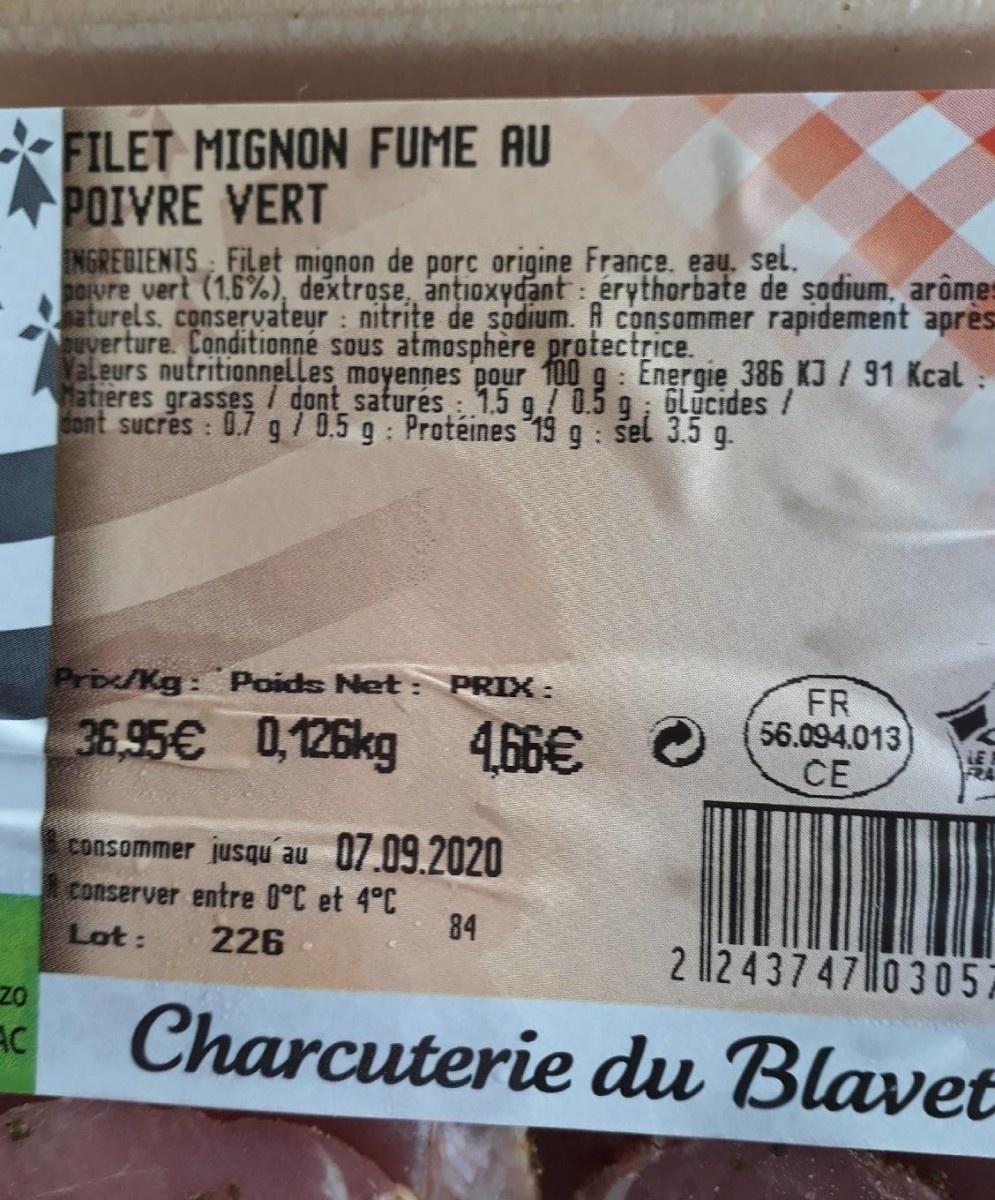
FILET MIGNON FUME AU POIVRE VERT
NGREDIENTS Filet mignon de porc origine France. eau. sel. DOvre vert (1,6%), dextrose, antioxydant : erythorbate de sodium, arômes aturels. conservateur : nitrițe de sodium. A consommer rapidement après uverture. Conditionné sous atmosphère protectrice. Valeurs nutritionnelles moyennes pour 100 g : Energie 386 KJ / 91 Kcal atieres grasses / dont saturés : 1.5 g/ 0.5 g ; Glücides / dont sucres : 0,7 g/0.5 g: Protéines 19 g sel 3.5 g.
Prb/Kg: Poids Net : PRIX:
FR 56.094.013 CE
36,95€ 0,126kg 466€
O
consommer jusqu'au 07.09.2020 conserver entre 0°C et 4°C Lot:
84
226
2 l|2 43747 l0 3 05
AC
Charcuterie du Blavet